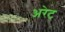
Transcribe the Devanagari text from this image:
अरेट